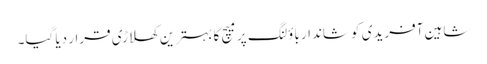
شاہین آفریدی کو شاندار باؤلنگ پر میچ کا بہترین کھلاڑی قرار دیا گیا۔